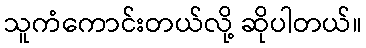
သူကံကောင်းတယ်လို့ ဆိုပါတယ်။